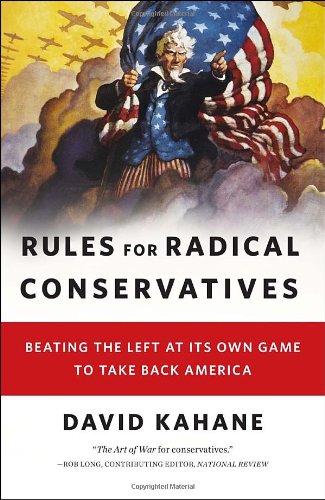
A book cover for Rules for Radical Conservatives: Beating the Left at Its Own Game to Take Back America; David Kahane; Humor & Entertainment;